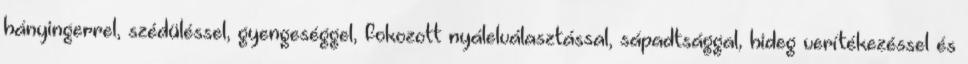
hányingerrel, szédüléssel, gyengeséggel, fokozott nyálelválasztással, sápadtsággal, hideg verítékezéssel és